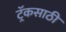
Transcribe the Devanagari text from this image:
ट्रॅकसाठी